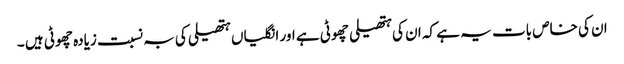
ان کی خاص بات یہ ہے کہ ان کی ہتھیلی چھوٹی ہے اور انگلیاں ہتھیلی کی بہ نسبت زیادہ چھوٹی ہیں ۔